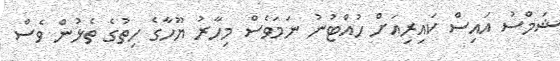
ޝަމްސު އައިސް ކައިރިއަށް ހުއްޓުނު ނަމަވެސް މިހާރު ޔޫހާގެ ހިތުގެ ތެޅުން ވެސް